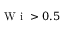
\mathrm { ~ W ~ i ~ } > 0 . 5